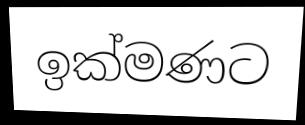
ඉක්මණට